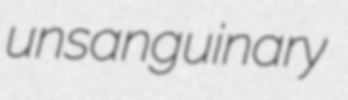
unsanguinary